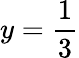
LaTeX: y=\frac 13